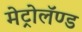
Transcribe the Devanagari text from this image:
मेट्रोलॅण्ड